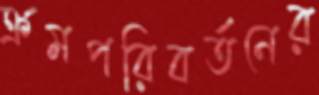
ক্রমপরিবর্তনের